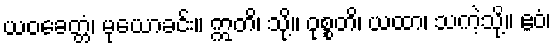
ယဝခေတ္တံ၊ မုယောခင်း။ ဣတိ၊ သို့။ ဝုစ္စတိ၊ ယထာ၊ သကဲ့သို့။ ဧဝံ၊